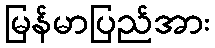
မြန်မာပြည်အား